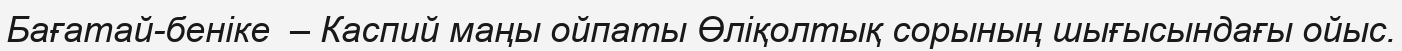
Бағатай-беніке  – Каспий маңы ойпаты Өліқолтық сорының шығысындағы ойыс.